[Report on the health of British troops in the Madras command]
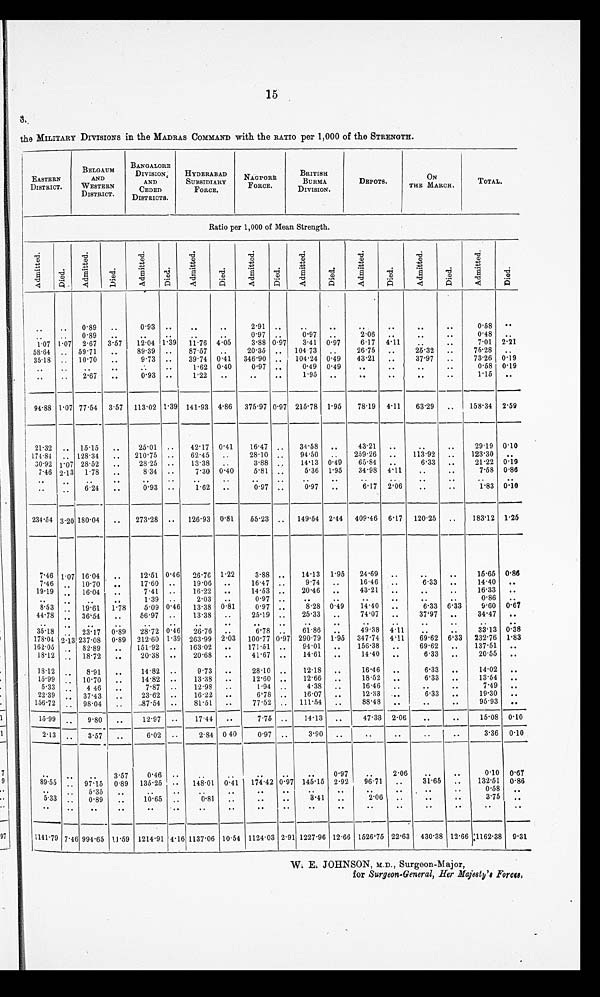
15
3.
the MILITARY DIVISIONS in the MADRAS COMMAND with the RATIO per 1,000 of the STRENGTH.
EASTERN
DISTRICT.
BELGAUM
AND
WESTERN
DISTRICT.
BANGALORE
DIVISION,
AND
CEDED
DISTRICTS.
HYDERABAD
SUBSIDIARY
FORCE .
NAGPORE
FORCE.
BRITISH
BURMA
DIVISION.
DEPOTS.
ON
THE MARCH.
TOTAL.
Ratio per 1,000 of Mean Strength.
A d m i t t e d .
D i e d .
A d m i t t e d .
D i e d .
A d m i t t e d .
D i e d .
A d m i t t e d .
D i e d .
A d m i t t e d .
D i e d .
A d m i t t e d .
D i e d .
A d m i t t e d .
D i e d .
A d m i t t e d .
D i e d .
A d m i t e d .
D i e d .
. .
. .
0.89
..
0.93 ..
..
..
2.91 ..
..
. .
. .
. .
..
..
0.58
. .
. .
. .
0.89
..
..
..
0.97 ..
0.97 ..
2.06 ..
. .
..
0.48
. .
1.07 1.07 2.67 3.57
12.04 1.39 11.76 4.05
3.88 0.97
3.41 0.97
6.17 4.11
. .
. .
7.01 2.21
58.34 .. 59.71
..
89.39 ..
87.57 ..
20.35 .. 104.73 ..
26.75 ..
25.32 ..
75.28 ..
35.18 .. 10.70
..
9.73 ..
39.74 0.41 346.90 .. 104.24 0.49
43.21 ..
37.97 ..
73.26 0.19
. .
. .
. .
. . . .
. .
1.62 0.40
0.97 ..
0.49 0.49
..
..
..
. .
0.58 0.19
. .
..
2.67 ..
0.93 ..
. .
1.22 ..
..
. .
1.95 ..
..
. .
. .
..
1.15 ..
94.88 1.07 77.54 3.57 113.02 1.39 141.93 4.86 375.97 0.97 215.78 1.95
78.19 4.11
63.29 ..
158.34 2.59
21.32 .. 15.15
..
25.01 ..
42.17 0.41
16.47
. .
39.58
. .
43.21 ..
. .
. .
29.19 0.10
174.84 .. 128.34 ..
210.15 ..
62.45 ..
28.10 ..
94.50 ..
259.26 ..
113.92 ..
123.30
. .
30.92 1.07 28.52 ..
28.25 ..
13.38 ..
3.88
. .
14.13 0.49
65.84 ..
6.33 ..
21.22 0.19
7.46 2.13 1.78 ..
8 34 ..
7.30 0.40
5.81 ..
6.36 1.95
34.98 4.11
..
. .
7.58 0.86
. .
. .
. .
. .
. .
. . . .
. .
. .
. .
. .
. . . .
. .
. .
. . . .
. .
..
. .
6.24
. .
0.93 ..
1.62 ..
0.97 ..
0.97 ..
6.17 2.06
. .
. .
1.83 0.10
234.54 3.20 180.04 ..
273.28 .. 126.93 0.81
55.23 .. 149.54 2.44 409.46 6.17 120.25 ..
183.12 1.26
7.46 1.07 16.04 ..
12.51 0.46 26.76 1.22
3.88 ..
14.13 1.95
24.69 ..
..
. .
15.65 0.86
7.46 .. 10.70 ..
17.60 ..
19.06 ..
16.47 ..
9.74 ..
16.46 ..
6.33 ..
14.40 ..
19.19
. .
16.04
..
7.41 ..
16.22 ..
14.53 ..
20.46
. .
43.21 .
. .
. .
16.33
. .
. .
. . . .
. .
1.39 ..
2.03 ..
0.97 ..
..
. .
..
..
..
. .
0.86
. .
8.53
. .
19.61 1.78
5.09
0 . 4 6
13.38
0 . 8 1
0.97 ..
8.28 0.49
14.40 ..
6.33 6.33
9.60 0.67
44.18
. .
36.54
..
56.97 ..
13.38 ..
25.19 ..
25.33 ..
74.07 ..
37.97 ..
34.47 ..
. .
. .
. .
. .
. .
. . . .
. . . .
. .
. .
. . . .
. .
. .
. .
. .
. .
3 5 . 1 8
. .
23.17 0.39 28.72
0 . 4 6
26.76
. .
6.78 ..
61.86
. .
49.38 4.11
. . . .
33.13 0.38
178.04 2.13 237.08 0.89 212.60 1.39 263.99 2.03 100.77 0.97 290.79 1.95 347.4 4.11
69.62 6.33 232.76 1.83
162.05
. .
82.89
..
151.92 .. 163.02 ..
171.51 ..
94.01 ..
156.38 ..
69.62 ..
137.51 ..
18.12
. .
18.72 ..
20.38 ..
20.68 ..
41.67 ..
14.61 ..
14.40
. .
6.33 ..
20.55
. .
18.12
. .
8.91
..
14.82 ..
9.73 ..
28.10 ..
12.18 ..
16.46
. .
6.33 ..
14.02
. .
15.99
. .
10.70
..
14.82 ..
13.38 ..
12.60 ..
12.66 ..
18.52
6.33 ..
13.54
. .
5 . 3 3
. .
4.46 ..
7.87 ..
12.98
. .
1.94 ..
4.38 ..
16.46 ..
..
. .
7.49
. .
22.39
. .
37.43
..
23.62 ..
16.22 ..
6.78 ..
16.07 ..
12.38 ..
6.33 ..
19.30
. .
156.72 .. 98.04 ..
87.54 ..
81.51 ..
77.52 .. 111.54 ..
88.48 ..
. .
. .
95.93
. .
15.99
. .
9.80
..
12.97 ..
17.44 ..
7.75 ..
14.13 ..
47.33 2.06
..
..
15.08 0.10
2.13
. .
3.57
. .
6.02
. .
2.84 0.40
0.97 ..
3.90 ..
. .
..
..
..
3.36 0.10
. .
. .
. .
3.57
0.46 ..
. .
. .
..
..
. .
0.97
..
2.06
..
0.10 0.67
89.55
. .
97.15 0.89 135.25
. .
148.01 0.41 174.42 0.97 145.15 2.92
96.71 ..
31.65 ..
132.51 0.86
. .
. .
5.35 ..
. .
. .
. .
. .
. .
. .
. .
. . . .
. .
..
. .
0.58
. .
5.33 ..
0.89
..
10.65
. .
0.81
. .
. .
..
3.41 ..
2.06 ..
. ...
3.75
. .
. .
. .
. .
. .
. .
. .
. .
. . . .
. .
. .
. .
. . . .
. .
. . . .
. .
1141.79 7.46 994.65 11.59 1214.91 4.16 1137.06 10.54 1124.03 2.91 1227.96 12.66 1526.75 22.63 430.38 12.66 1162.38 9.31
W. E. JOHNSON, M.D . , Surgeon-Major,
for Surgeon-General, Her Majety' Forces.